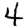
Digit: 4